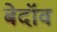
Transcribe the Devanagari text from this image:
बेदॉव